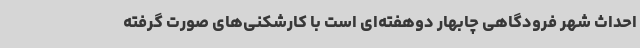
احداث شهر فرودگاهی چابهار دوهفته‌ای است با کارشکنی‌های صورت گرفته